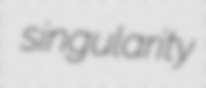
singularity